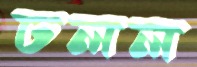
ঢলল